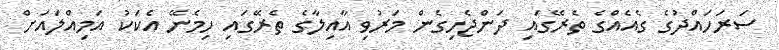
ސަރަހައްދުގެ ގެއެއްގެ ތެރޭގައި ދަންޖެހިގެން މަރުވި އާއިލާގެ ތެރޭގައި ހިމެނޭ އެކަކު އަމިއްލައަށް